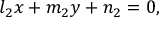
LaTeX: l _ { 2 } x + m _ { 2 } y + n _ { 2 } = 0 ,